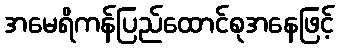
အမေရိကန်ပြည်ထောင်စုအနေဖြင့်